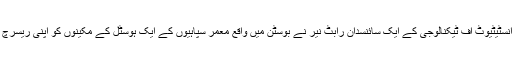
میسا چیوسٹس انسٹیٹیوٹ آف ٹیکنالوجی کے ایک سائنسدان رابٹ نیر نے بوسٹن میں واقع معمر سپاہیوں کے ایک ہوسٹل کے مکینوں کو اپنی ریسرچ کا مرکز بنایا ۔